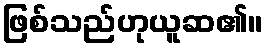
ဖြစ်သည်ဟုယူဆ၏။